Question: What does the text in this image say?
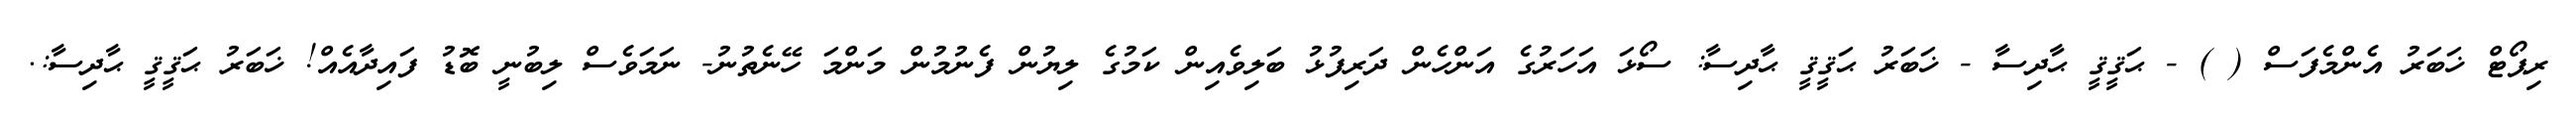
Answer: ރިޕޯޓް ޚަބަރު އެންމެފަސް ( ) - ޙަޤީޤީ ޙާދިސާ - ޚަބަރު ޙަޤީޤީ ޙާދިސާ: ސޯޅަ އަހަރުގެ އަންހެން ދަރިފުޅު ބަލިވެއިން ކަމުގެ ލިޔުން ފެނުމުން މަންމަ ހޭނެތުނު- ނަމަވެސް ލިބުނީ ބޮޑު ފައިދާއެއް! ޚަބަރު ޙަޤީޤީ ޙާދިސާ:.